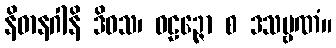
နိဓာနဂါနိ ဒိဝသ၊ ဝဠဉ္ဇော စ ဒသမ္ဗဏံ။